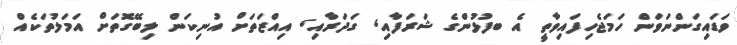
ވަޑައިގަންނަވަން ހަމަޖެހިފައިވާތީ އެ ބފުޅުންގެ ޝަރަފާއި